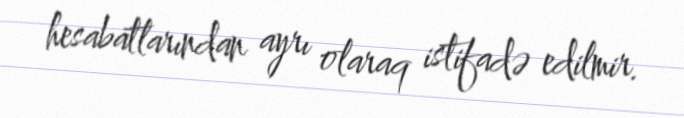
hesabatlarından ayrı olaraq istifadə edilmir.